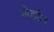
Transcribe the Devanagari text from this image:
मोडरोन